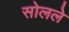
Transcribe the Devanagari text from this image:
सोलले